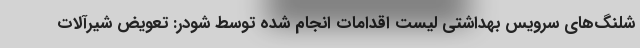
شلنگ‌های سرویس بهداشتی لیست اقدامات انجام شده توسط شودر: تعویض شیرآلات